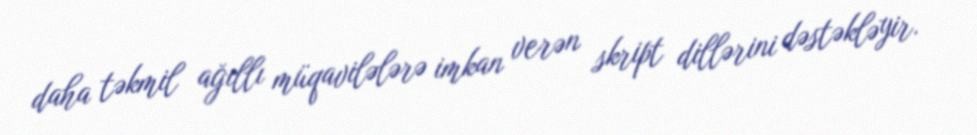
daha təkmil ağıllı müqavilələrə imkan verən skript dillərini dəstəkləyir.